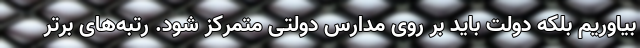
بیاوریم بلکه دولت باید بر روی مدارس دولتی متمرکز شود. رتبه‌های برتر